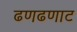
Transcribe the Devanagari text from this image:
ढणढणाट